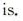
is.